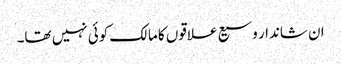
ان شاندار وسیع علاقوں کا مالک کوئی نہیں تھا۔